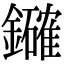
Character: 𮣞